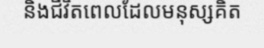
និងជីវិតពេលដែលមនុស្សគិត